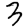
Digit: 3